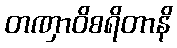
တဏှာဝိစရိတာနိ